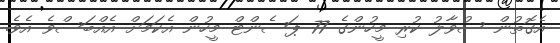
އެގޮތުން ސުވާލު ކުރި މީހުންގެ 77 ޕަސެންޓް މީހުން އެކަމަށް އެއްބަސްވެ އެވެ.